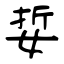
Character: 娎